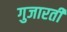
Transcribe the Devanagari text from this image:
गुजारती